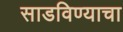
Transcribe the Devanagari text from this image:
साडविण्याचा